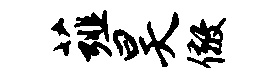
薤昊儆